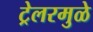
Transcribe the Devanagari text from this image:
ट्रेलरमुळे